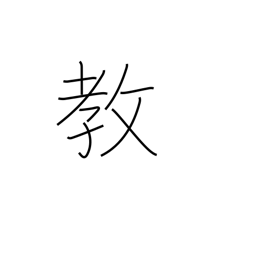
Meaning: faith